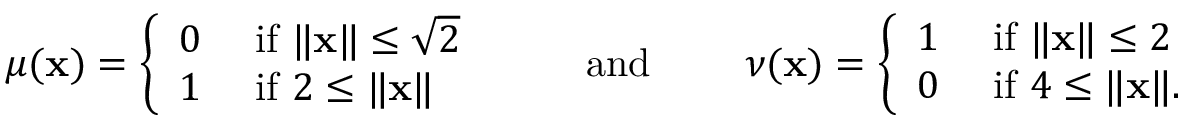
\begin{array} { r } { \mu ( \mathbf { x } ) = \left\{ \begin{array} { l l } { 0 } & { \mathrm { ~ i f ~ } \lVert \mathbf { x } \rVert \leq \sqrt { 2 } } \\ { 1 } & { \mathrm { ~ i f ~ } 2 \leq \lVert \mathbf { x } \rVert } \end{array} \right. \qquad \mathrm { ~ a n d ~ } \qquad \nu ( \mathbf { x } ) = \left\{ \begin{array} { l l } { 1 } & { \mathrm { ~ i f ~ } \lVert \mathbf { x } \rVert \leq 2 } \\ { 0 } & { \mathrm { ~ i f ~ } 4 \leq \lVert \mathbf { x } \rVert . } \end{array} \right. } \end{array}